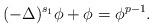
LaTeX: \begin{align*}(-\Delta)^{s_1}\phi+\phi=\phi^{p-1}.\end{align*}